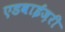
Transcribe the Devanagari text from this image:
एडवाईज़री